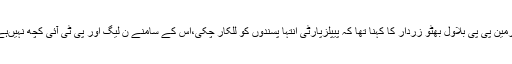
بلاول ہاﺅس لاہور میں پاکستان پیپلز پارٹی فیصل آباد کے کارکنوں سے خطاب کرتے ہوئے چیئرمین پی پی بلاول بھٹو زردار کا کہنا تھا کہ پیپلزپارٹی انتہا پسندوں کو للکار چکی،اس کے سامنے ن لیگ اور پی ٹی آئی کچھ نہیںہے ہم ایک بار پھر عوام کی طاقت سے اقتدار میں آئیں گے، کارکن عام انتخابات کی تیاریاں کریں۔